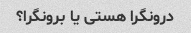
درونگرا هستی یا برونگرا؟